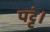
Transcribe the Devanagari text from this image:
पट्टे।